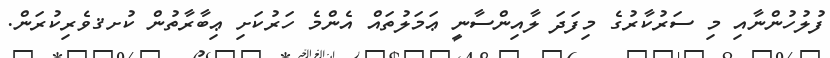
ފުުލުހުންނާއި މި ސަރުކާރުގެ މިފަދަ ލާއިންސާނީ ޢަމަލުތައް އެންމެ ހަރުކަށި ޢިބާރާތުން ކުށޤވެރިކުރަން.